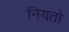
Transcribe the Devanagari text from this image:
नियतो